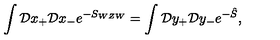
\int { \cal D } x _ { + } { \cal D } x _ { - } e ^ { - S _ { W Z W } } = \int { \cal D } y _ { + } { \cal D } y _ { - } e ^ { - \hat { S } } ,